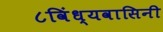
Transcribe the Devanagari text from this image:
८विंध्यवासिनी